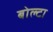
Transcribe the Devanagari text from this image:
बोल्टा